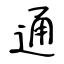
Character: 通